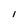
Character: I